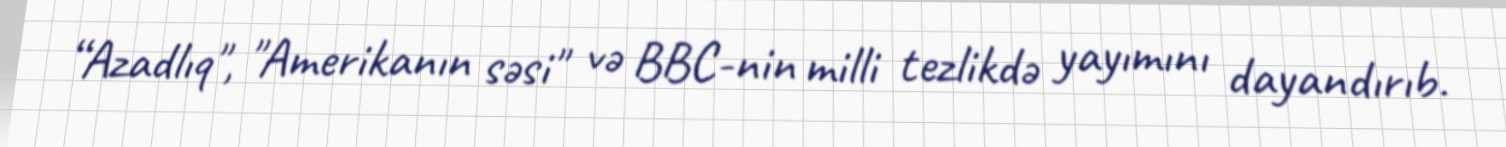
“Azadlıq", "Amerikanın səsi" və BBC-nin milli tezlikdə yayımını dayandırıb.